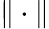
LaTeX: \| \cdot\|